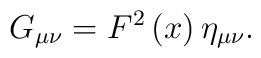
G_{\mu \nu }=F^2\left( x\right) \eta _{\mu \nu }.